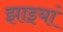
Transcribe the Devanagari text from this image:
झाइयां